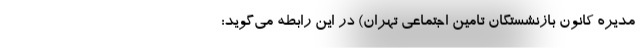
مدیره کانون بازنشستگان تامین اجتماعی تهران) در این رابطه می‌گوید: